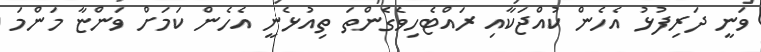
ވަނީ ދަރިފުޅު އެހެން ކުއްޖަކާއި ރައްޓެހިވެގެންތަ ތިއުޅެނީ އެހެން ކަމަށް ވަންޏާ މަންމަ